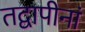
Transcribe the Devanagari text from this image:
तद्वापीनां